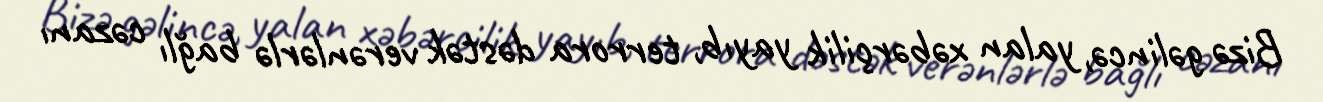
Bizə gəlincə, yalan xəbərçilik yayıb, terrora dəstək verənlərlə bağlı cəzanı